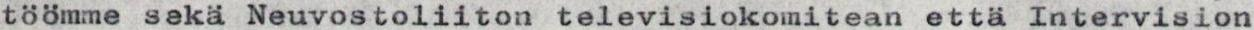
töömme sekä Neuvostoliiton televisiokomitean että Intervision